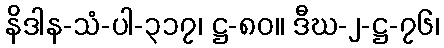
နိဒါန-သံ-ပါ-၃၁၇၊ ဋ္ဌ-၈၀။ ဒီဃ-၂-ဋ္ဌ-၇၆၊